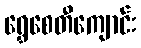
ရွှေစေတီကျောင်း